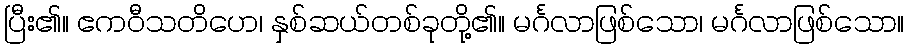
ပြီး၏။ ဧကဝီသတိဟေ၊ နှစ်ဆယ်တစ်ခုတို့၏။ မင်္ဂလာဖြစ်သော၊ မင်္ဂလာဖြစ်သော။